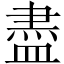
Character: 盡